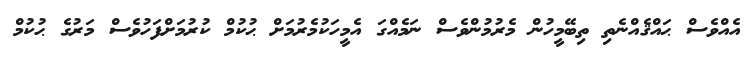
އެއްވެސް ޙައްޤެއްނެތި ތިބޭމީހުން މެރުމުންވެސް ނަމެއްގަ އެމީހަކުމެރުމަށް ޙުކުމް ކުރުމަށްފަހުވެސް މަރުގެ ޙުކުމް